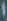
ا